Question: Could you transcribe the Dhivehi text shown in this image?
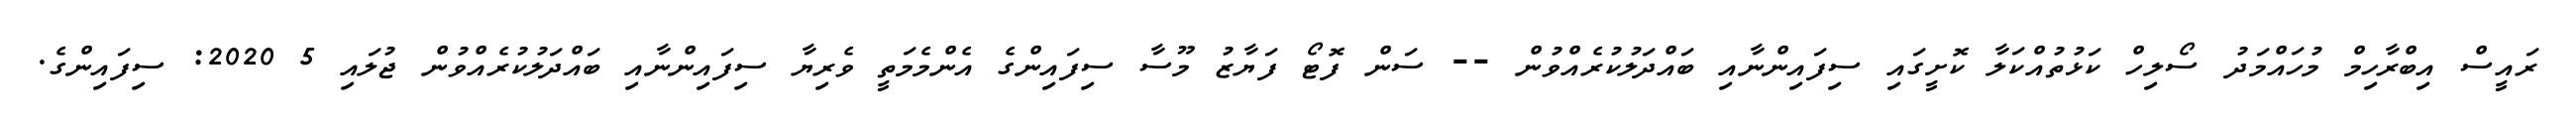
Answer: ރައީސް އިބްރާހިމް މުހައްމަދު ސޯލިހް ކަޅުތުއްކަލާ ކޮށީގައި ސިފައިންނާއި ބައްދަލުކުރެއްވުން -- ސަން ފޮޓޯ ފަޔާޒު މޫސާ ސިފައިންގެ އެންމެމަތީ ވެރިޔާ ސިފައިންނާއި ބައްދަލުކުރެއްވުން ޖުލައި 5 2020: ސިފައިންގެ.